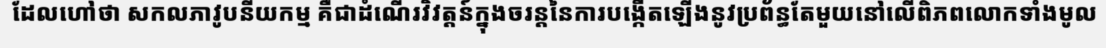
ដែលហៅថា សកលភាវូបនីយកម្ម គឺជាដំណើរវិវត្តន៍ក្នុងចរន្តនៃការបង្កើតឡើងនូវប្រព័ន្ធតែមួយនៅលើពិភពលោកទាំងមូល